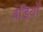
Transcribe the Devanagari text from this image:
बड़ियों